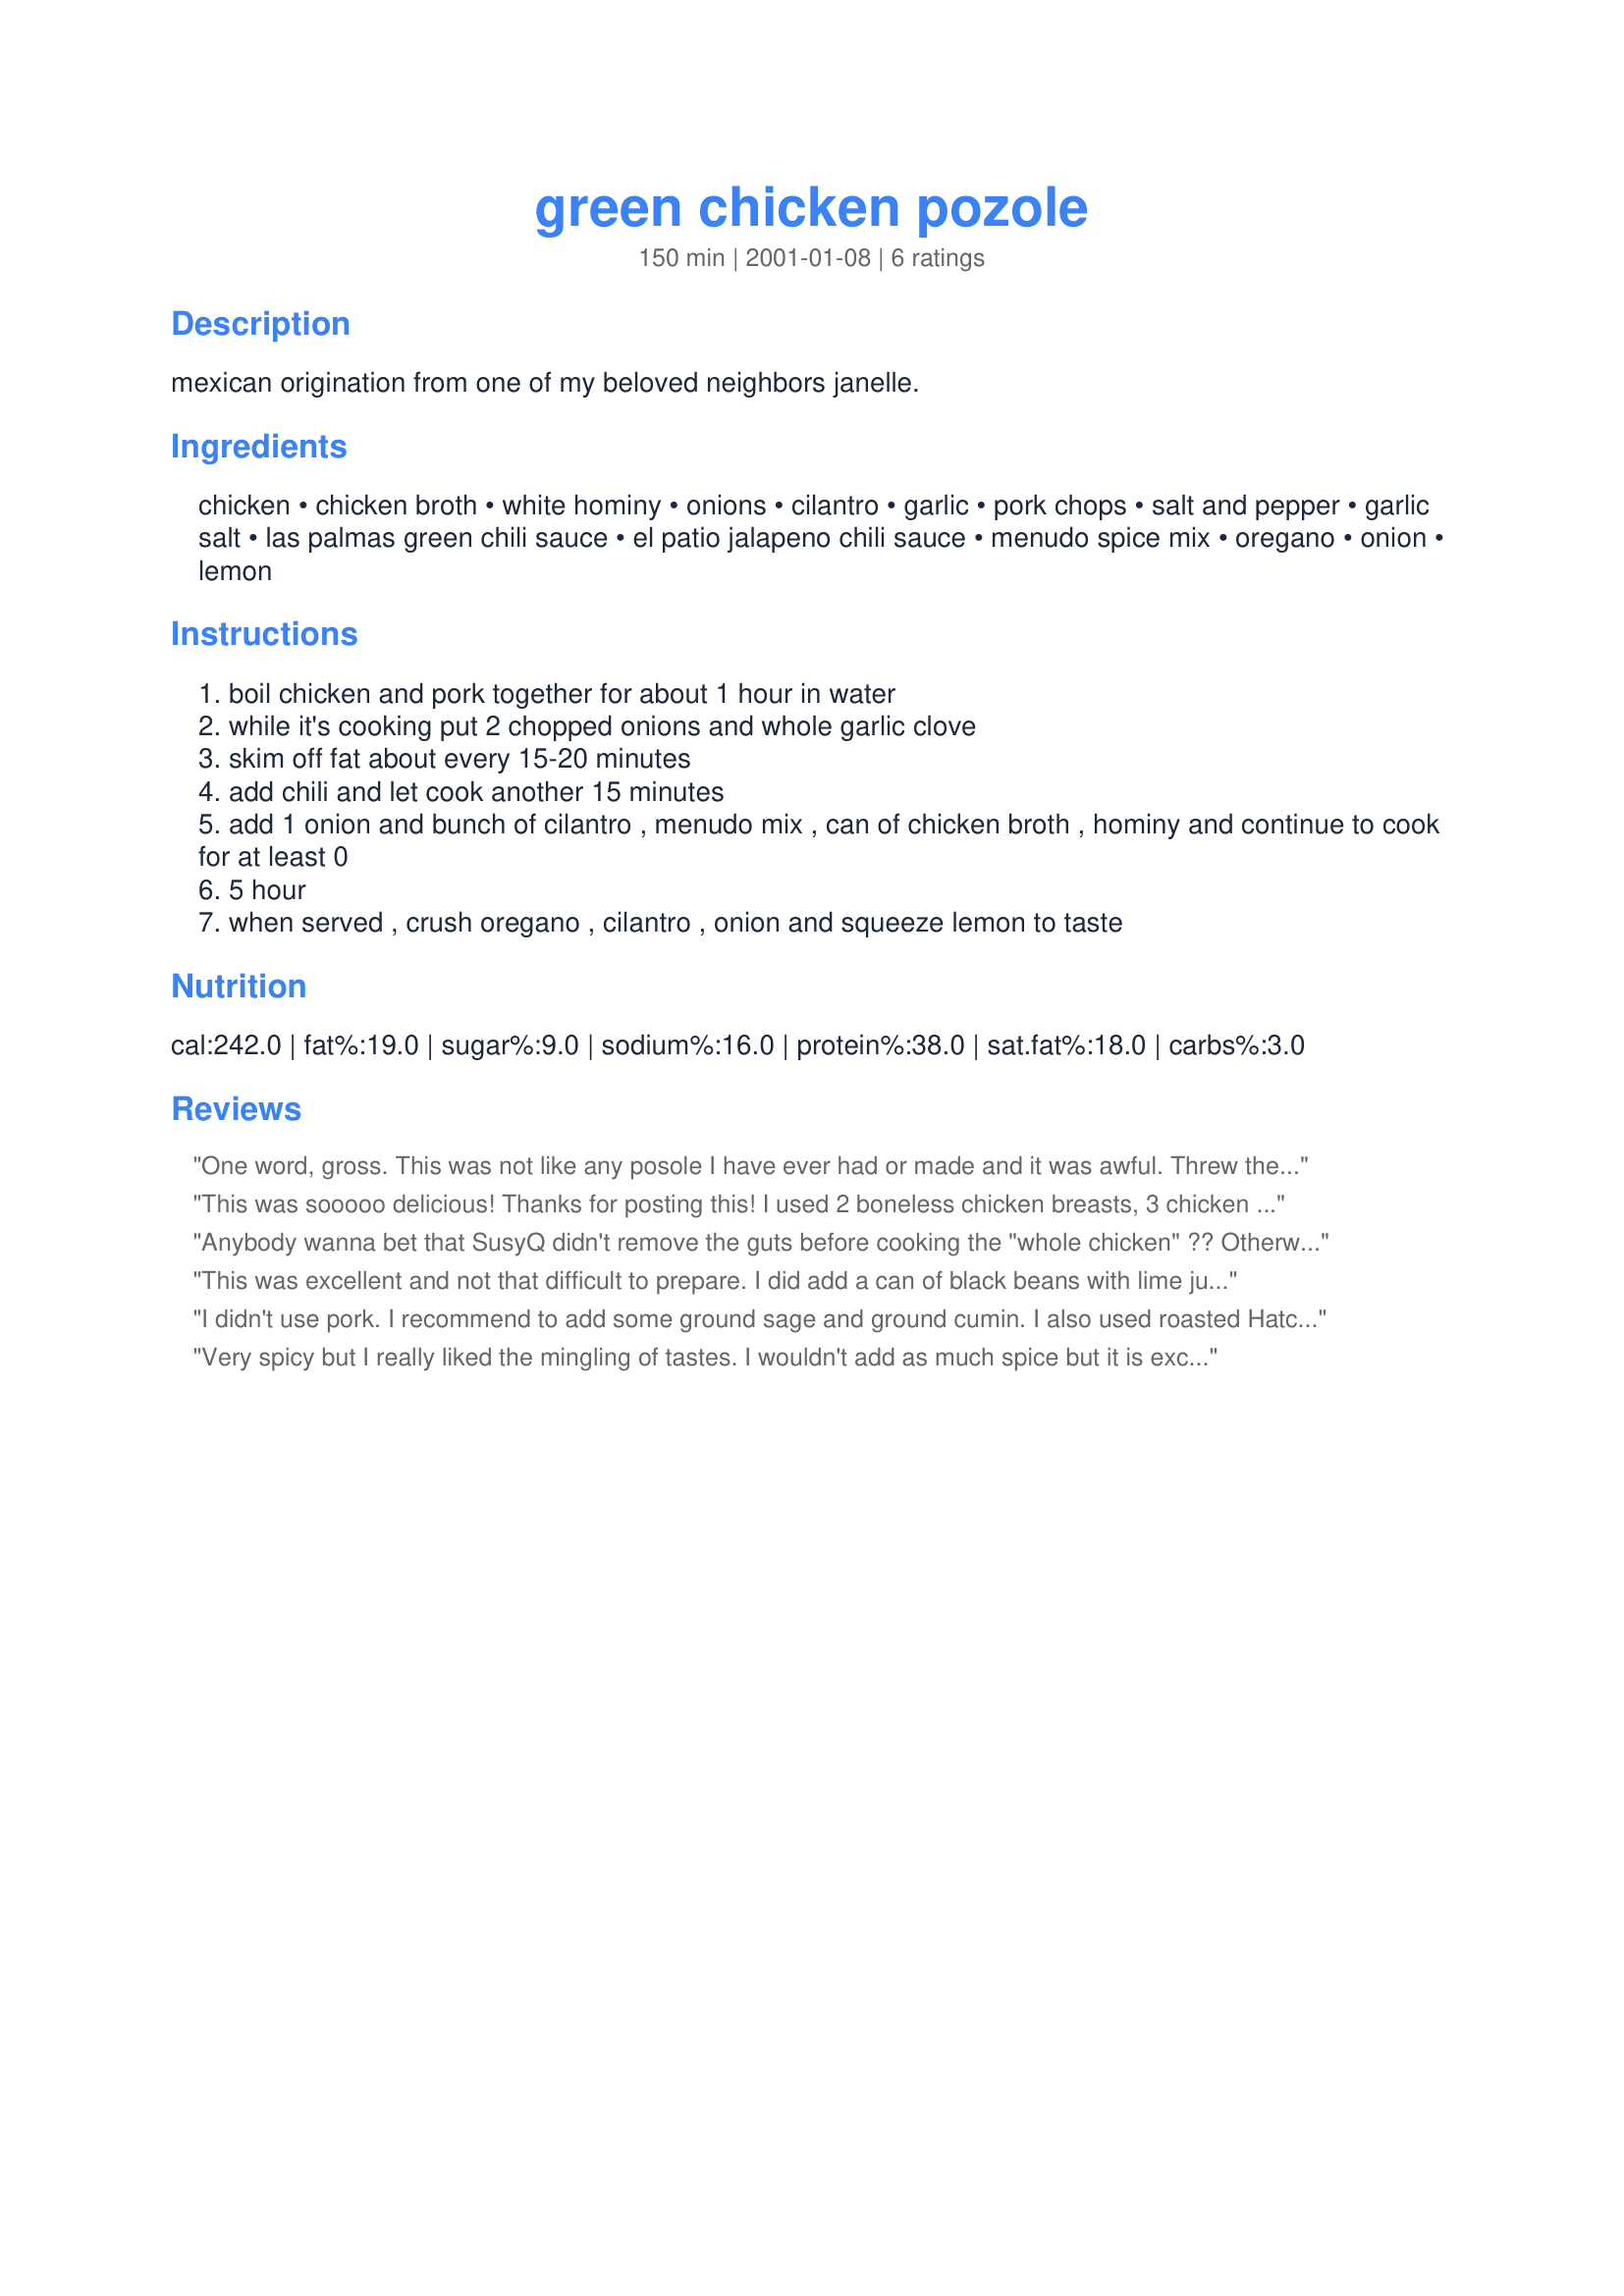
green chicken pozole
Preparation time: 150 minutes

mexican origination from one of my beloved neighbors janelle.

Ingredients:
chicken, chicken broth, white hominy, onions, cilantro, garlic, pork chops, salt and pepper, garlic salt, las palmas green chili sauce, el patio jalapeno chili sauce, menudo spice mix, oregano, onion, lemon

Steps:
boil chicken and pork together for about 1 hour in water
while it's cooking put 2 chopped onions and whole garlic clove
skim off fat about every 15-20 minutes
add chili and let cook another 15 minutes
add 1 onion and bunch of cilantro , menudo mix , can of chicken broth , hominy and continue to cook for at least 0
5 hour
when served , crush oregano , cilantro , onion and squeeze lemon to taste

Reviews:
One word, gross. This was not like any posole I have ever had or made and it was awful. Threw the whole pot out since no one would touch it. Sorry Tish.
This was sooooo delicious! Thanks for posting this! I used 2 boneless chicken breasts, 3 chicken thighs and some boneless pork strips. This was heavenly! I used about 1T of the menudo spice in the soup and we used the rest as part of the garnish. Didn't use the "extra heat" as my 4 year old son wouldn't have eaten it if it were too spicy!
Anybody wanna bet that SusyQ didn't remove the guts before cooking the "whole chicken" ?? Otherwise this is a pretty diificult recipe to screw up and have it turn out inedible.
This was excellent and not that difficult to prepare. I did add a can of black beans with lime juice and a can of diced tomatoes.
I didn't use pork. I recommend to add some ground sage and ground cumin. I also used roasted Hatch green chili.
Very spicy but I really liked the mingling of tastes. I wouldn't add as much spice but it is excellent!!
